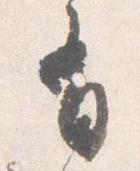
有